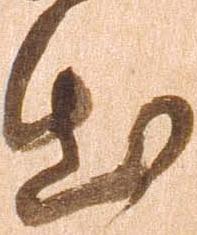
出